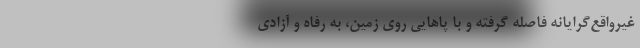
غیر‌واقع‌گرایانه فاصله گرفته و با پاهایی روی زمین، به رفاه و آزادی